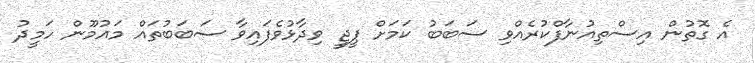
އެ ގޮތުން އިސްތިއުނާފްކުރެއްވި ސަބަބު ކަމަށް ޕީޖީ ވިދާޅުވެފައިވާ ސަބަބުތައް މައުމޫން ހަމީދު